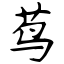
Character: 茑